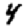
Digit: 4